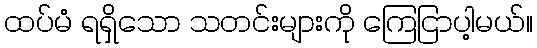
ထပ်မံ ရရှိသော သတင်းများကို ကြေငြာပါ့မယ်။